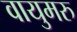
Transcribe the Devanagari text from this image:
वायुमरु